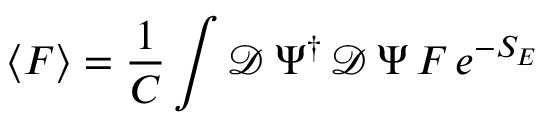
\left\langle F \right\rangle = \frac { 1 } { C } \int \mathcal { D } \, \Psi ^ { \dagger } \, \mathcal { D } \, \Psi \, F \, e ^ { - S _ { E } }